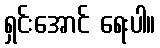
ရှင်းအောင် ရေးပါ။